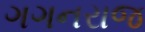
ગગનરાજ